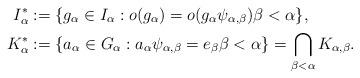
LaTeX: \begin{align*} I_{\alpha}^* & := \{g_{\alpha}\in I_{\alpha}: o(g_{\alpha})=o(g_{\alpha}\psi_{\alpha,\beta}) \beta<\alpha\}, \\ K_{\alpha}^* & := \{a_{\alpha}\in G_{\alpha}:a_{\alpha}\psi_{\alpha,\beta}=e_{\beta} \beta<\alpha\} = \bigcap_{\beta<\alpha}K_{\alpha,\beta}.\end{align*}